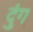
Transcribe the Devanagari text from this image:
दुंग